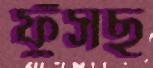
ফুঁসছ